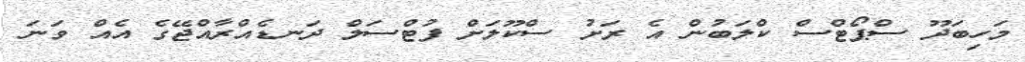
މަހިބަދޫ ސްޕޯޓްސް ކްލަބުން އެ ރަށު ސްކޫލަށް ފުޓްސަލް ދަނޑެއްރާއްޖޭގެ އެއް ވަނަ